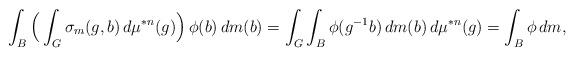
LaTeX: \begin{align*}\int_B \Big( \int_G \sigma_m(g,b) \, d\mu^{*n}(g) \Big) \, \phi(b) \, dm(b) = \int_G \int_B \phi(g^{-1}b) \, dm(b) \, d\mu^{*n}(g) = \int_B \phi \, dm,\end{align*}